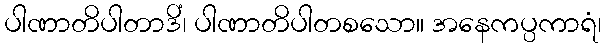
ပါဏာတိပါတာဒိံ၊ ပါဏာတိပါတစသော။ အနေကပ္ပကာရံ၊